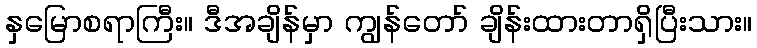
နှမြောစရာကြီး။ ဒီအချိန်မှာ ကျွန်တော် ချိန်းထားတာရှိပြီးသား။